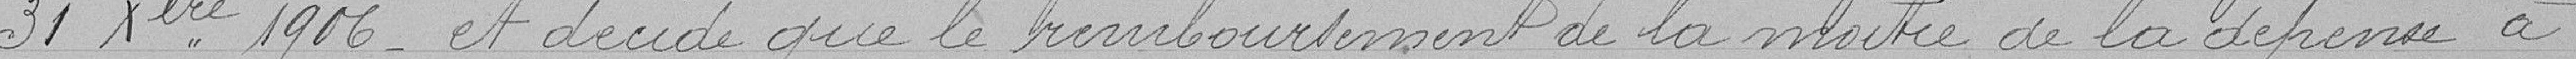
31 décembre 1906 et décide que le remboursement de la moitié de la dépense à